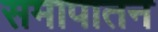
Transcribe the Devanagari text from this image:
समापातन